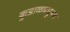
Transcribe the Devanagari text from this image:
कुडाळमधूनच